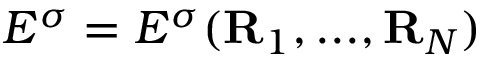
E ^ { \sigma } = E ^ { \sigma } ( { \bf R } _ { 1 } , . . . , { \bf R } _ { N } )